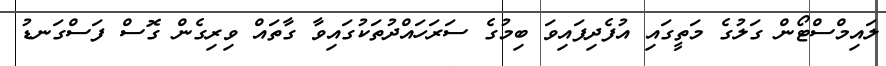
ލައިމްސްޓޯން ގަލުގެ މަތީގައި އުފެދިފައިވަ ބިމުގެ ސަރަހައްދުތަކުގައިވާ ގާތައް ވިރިގެން ގޮސް ފަސްގަނޑު